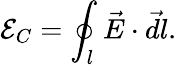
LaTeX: \mathcal E_{C}=\oint_{l}\vec{E}\cdot\vec{dl}.